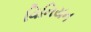
વિનિયન